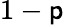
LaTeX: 1-\mathsf{p}